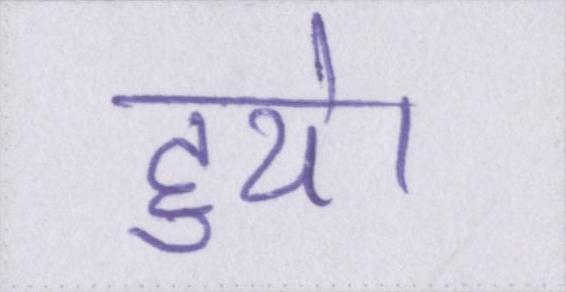
हुये।